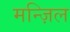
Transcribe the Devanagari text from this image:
मन्ज़िल